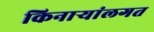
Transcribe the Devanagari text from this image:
किनाऱ्यांलगत